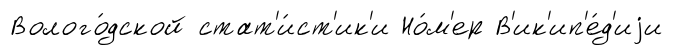
Волого́дской стат'и́ст'ик'и Но́м'ер В'ик'ип'е́д'иjи